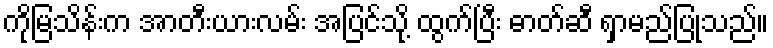
ကိုမြသိန်းက အာတီးယားလမ်း အပြင်သို့ ထွက်ပြီး ဓာတ်ဆီ ရှာမည်ပြုသည်။